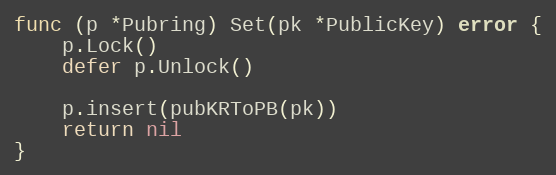
Language: Go
func (p *Pubring) Set(pk *PublicKey) error {
	p.Lock()
	defer p.Unlock()

	p.insert(pubKRToPB(pk))
	return nil
}